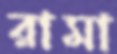
রামা